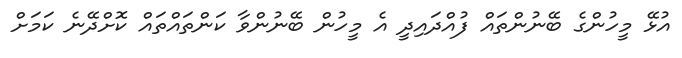
އުޅޭ މީހުންގެ ބޭނުންތައް ފުއްދައިދީ އެ މީހުން ބޭނުންވާ ކަންތައްތައް ކޮށްދޭނެ ކަމަށް